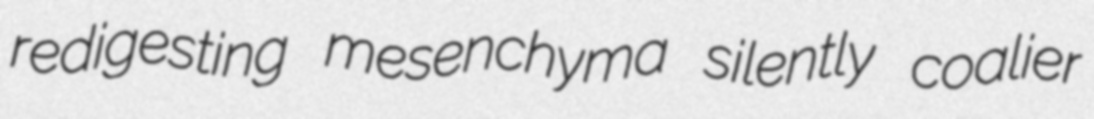
redigesting mesenchyma silently coalier